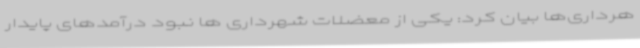
هرداری‌ها بیان کرد: یکی از معضلات شهرداری ها نبود درآمدهای پایدار